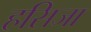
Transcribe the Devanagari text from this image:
हसिजा